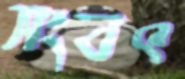
সংবৎ